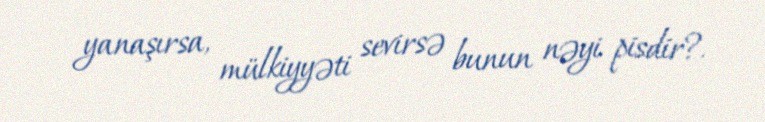
yanaşırsa, mülkiyyəti sevirsə bunun nəyi pisdir?.